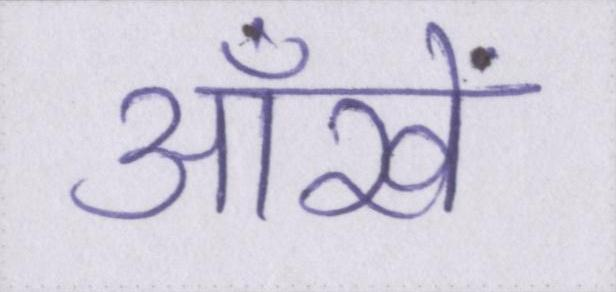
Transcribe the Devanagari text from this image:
आँखें